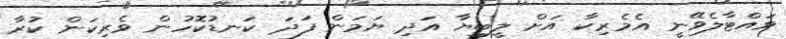
ވައްޓާލެވޭނީ އެމެރިކާ އަށް ލީބިޔާ އަދި ޔަމަން ފަދަ ކަނޑުކޮހުން ވެރިކަން ކުރާ